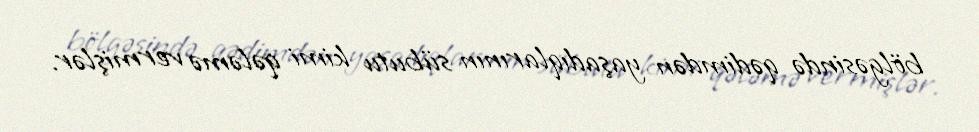
bölgəsində qədimdən yaşadıqlarının sübutu kimi qələmə vermişlər.